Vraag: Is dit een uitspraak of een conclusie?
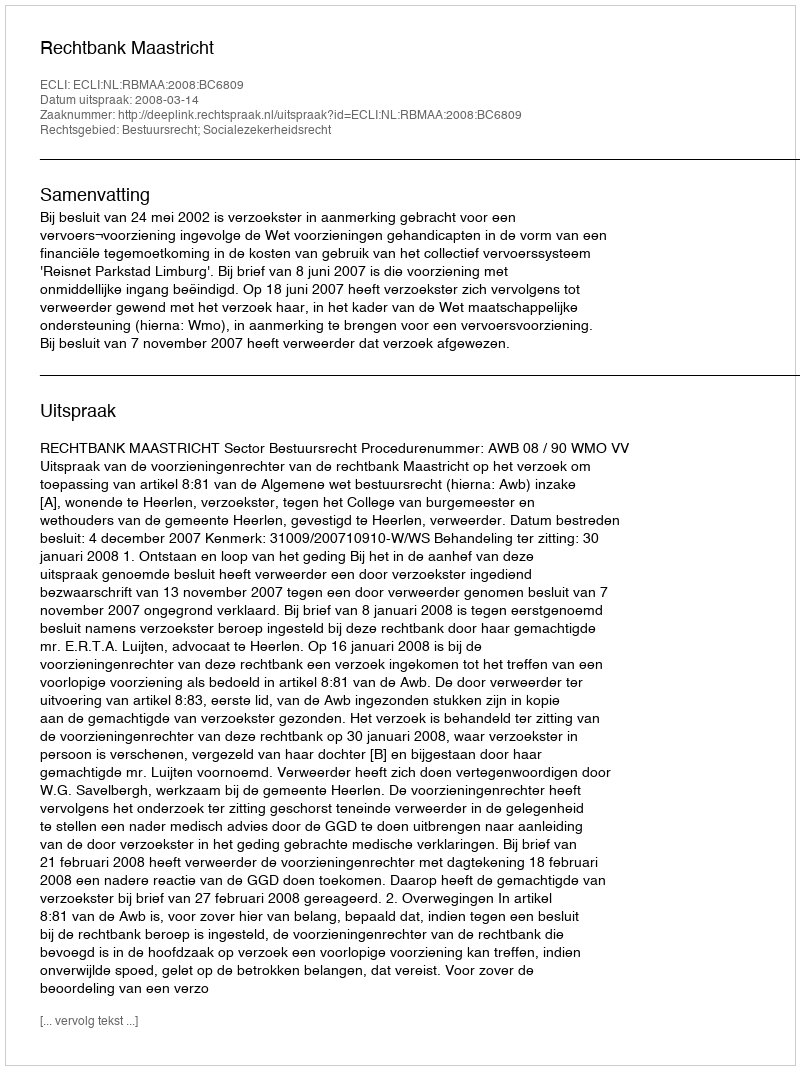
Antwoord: Uitspraak